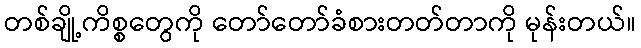
တစ်ချို့ကိစ္စတွေကို တော်တော်ခံစားတတ်တာကို မုန်းတယ်။